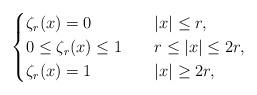
LaTeX: \begin{align*} \begin{cases}\zeta_r (x) = 0 \ \ \ & |x| \leq r, \\0 \leq \zeta_r (x) \leq 1 \ \ \ & r \leq |x| \leq 2r, \\\zeta_r (x) = 1 \ \ \ & |x| \geq 2r,\end{cases}\end{align*}